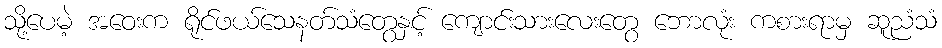
သို့ပေမဲ့ အဝေးက ရိုင်ဖယ်သေနတ်သံတွေနှင့် ကျောင်းသားလေးတွေ ဘောလုံး ကစားရာမှ ဆူညံသံ